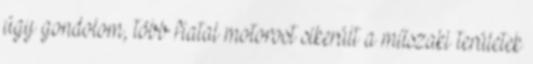
úgy gondolom, több fiatal motorost sikerült a műszaki területek